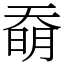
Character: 奣